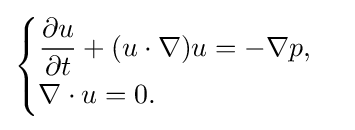
{\begin{cases}{\dfrac {\partial u}{\partial t}}+(u\cdot \nabla )u=-\nabla p,\\\nabla \cdot u=0.\end{cases}}